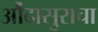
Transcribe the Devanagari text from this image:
औंदासुराचा